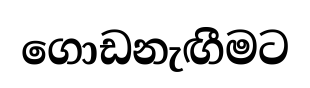
ගොඩනැඟීමට